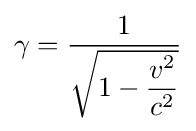
\gamma ={\frac {1}{\sqrt {1-{\dfrac {v^{2}}{c^{2}}}}}}